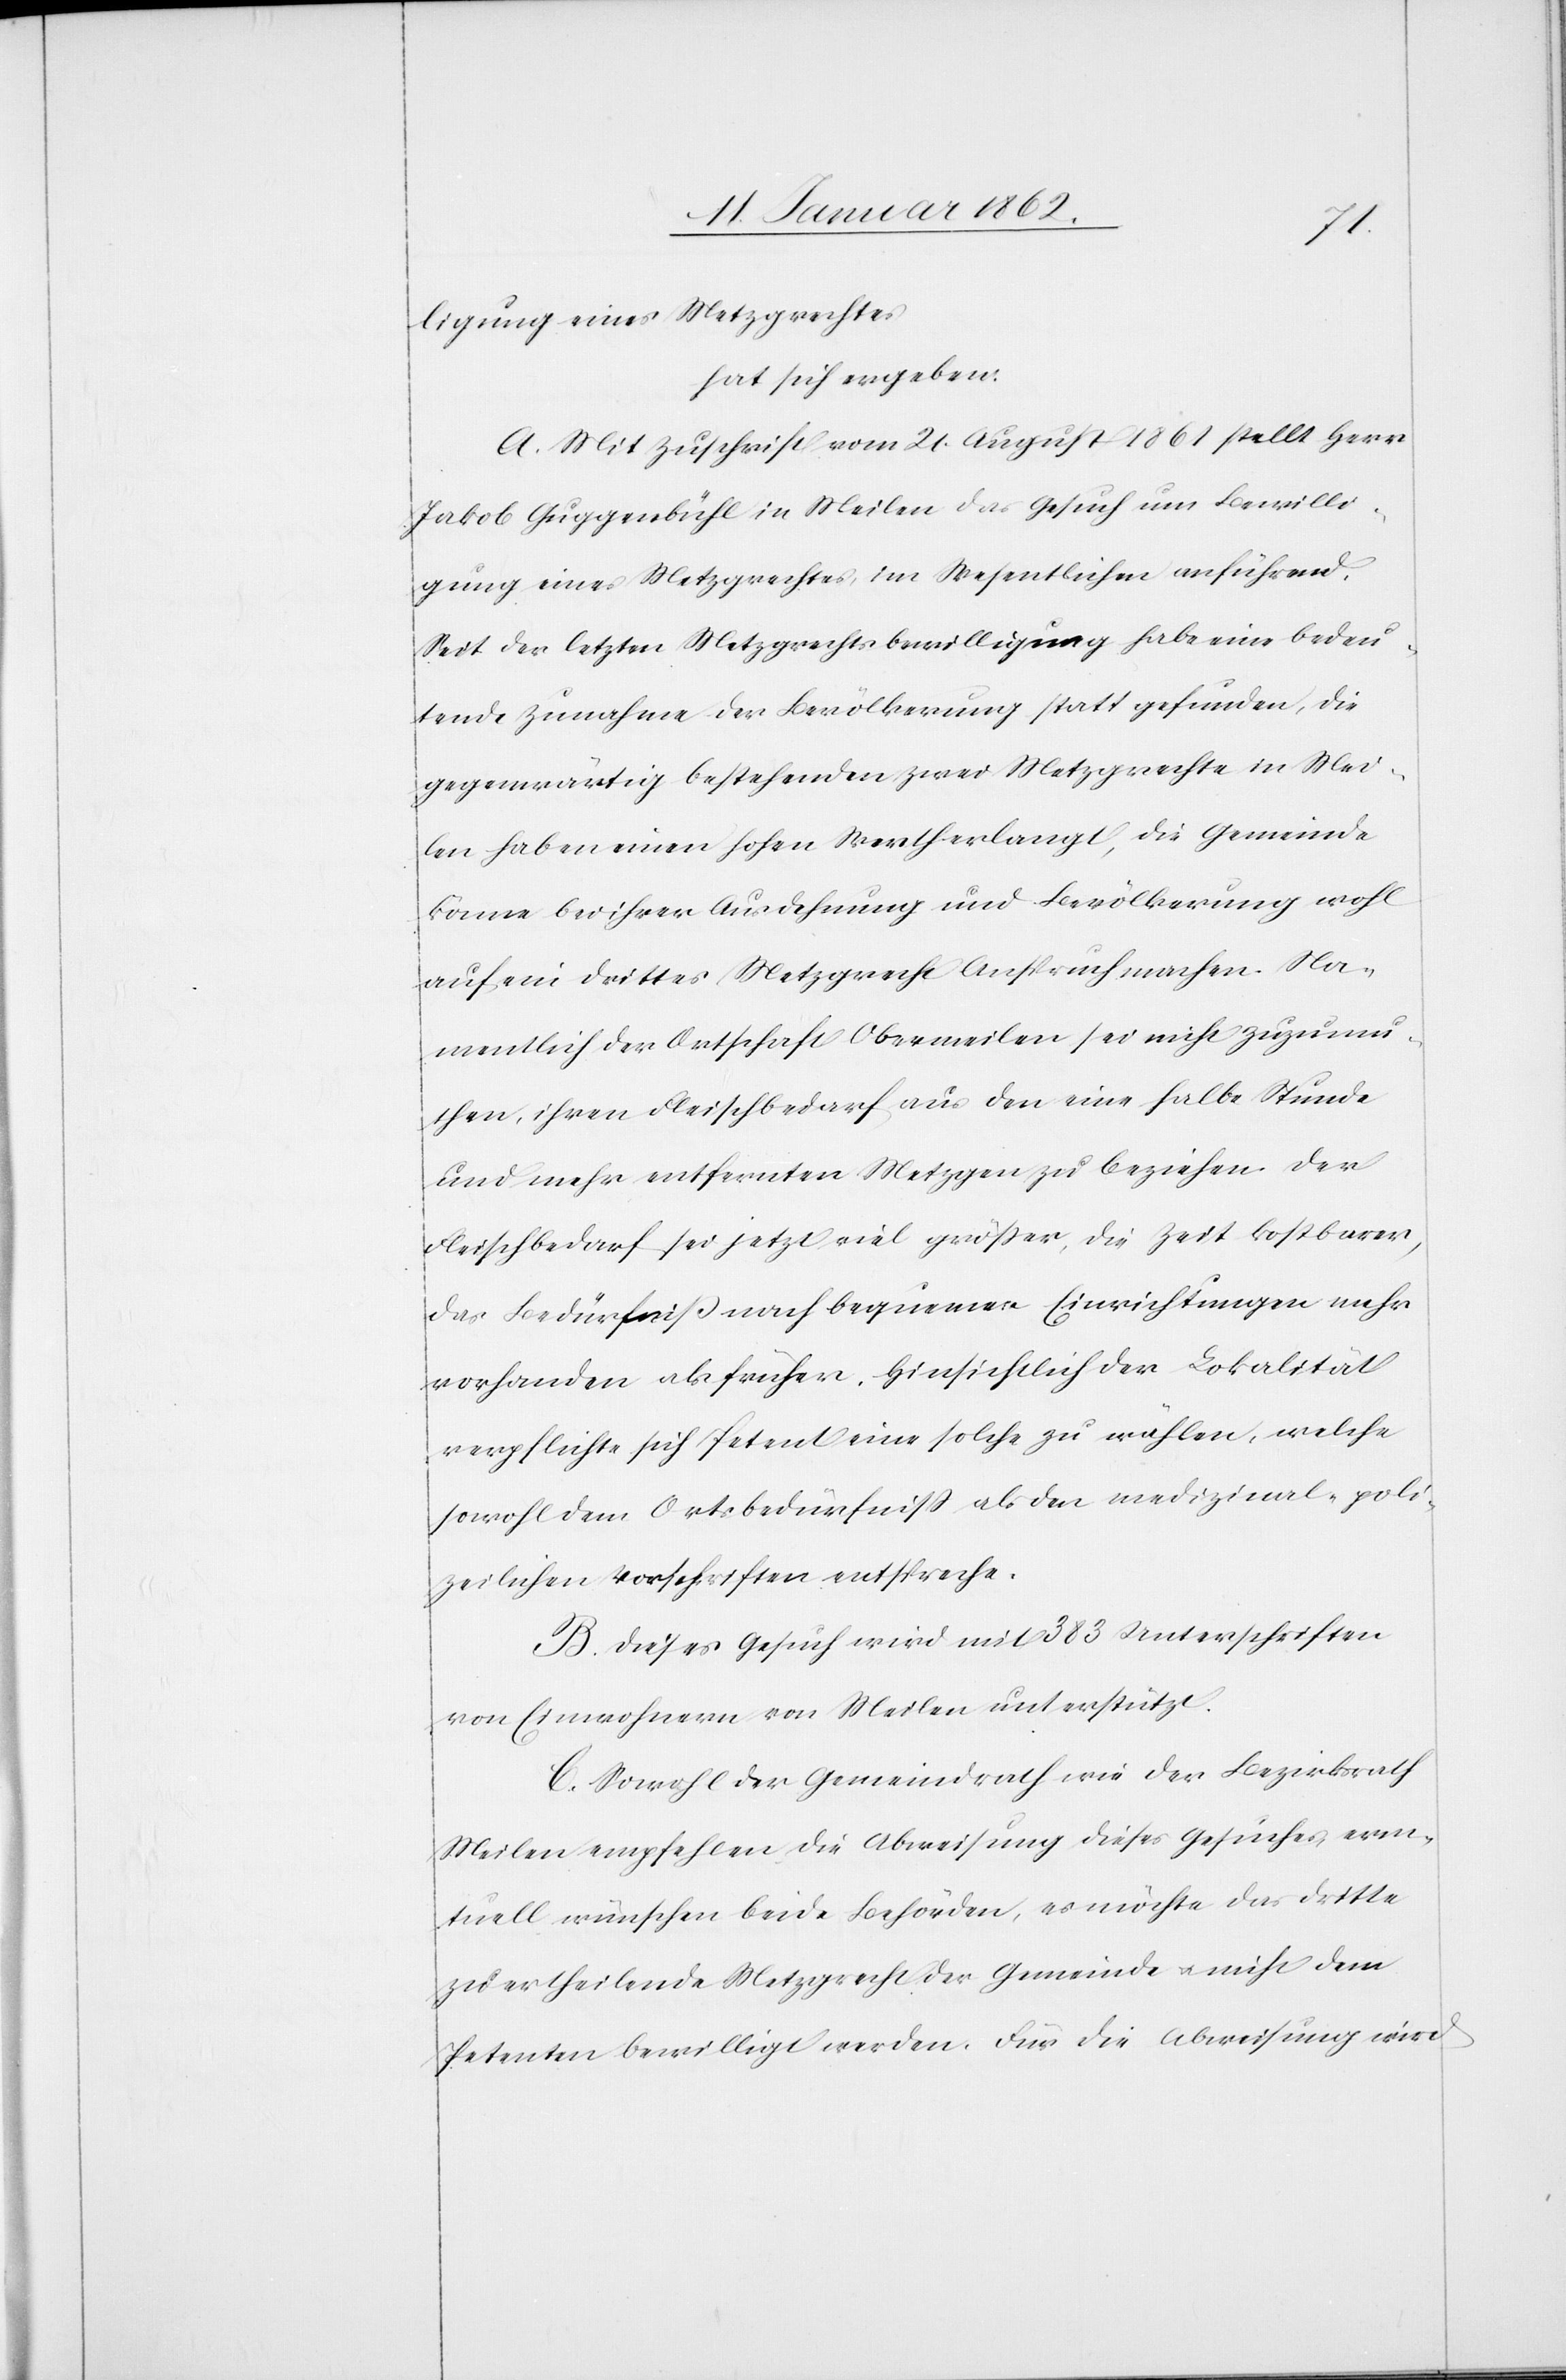
ligung eines Metzgrechtes
hat sich ergeben:
A. Mit Zuschrift vom 21. August 1861 stellt Herr
Jakob Guggenbühl in Meilen das Gesuch um Bewilli¬
gung eines Metzgrechtes, im Wesentlichen anführend.
Seit der letzten Metzgrechtsbewilligung habe eine bedeu¬
tende Zunahme der Bevölkerung statt gefunden, die
gegenwärtig bestehenden zwei Metzgrechte in Mei¬
len haben einen hohen Werth erlangt, die Gemeinde
könne bei ihrer Ausdehnung und Bevölkerung wohl
auf ein drittes Metzgrecht Anspruch machen. Na¬
mentlich der Ortschaft Obermeilen sei nicht zuzumu¬
then, ihren Fleischbedarf aus den eine halbe Stunde
und mehr entfernten Metzgen zu beziehen. Der
Fleischbedarf sei jetzt viel größer, die Zeit kostbarer,
das Bedürfniß nach bequemen Einrichtungen mehr
vorhanden als früher. Hinsichtlich der Lokalität
verpflichte sich Petent eine solche zu wählen, welche
sowohl dem Ortsbedürfniß als den medizinal-poli¬
zeilichen Vorschriften entspreche.
B. Dieses Gesuch wird mit 383 Unterschriften
von Einwohnern von Meilen unterstützt.
C. Sowohl der Gemeindrath wie der Bezirksrath
Meilen empfehlen die Abweisung dieses Gesuches, even¬
tuell wünschen beide Behörden, es möchte das dritte
zu ertheilende Metzgrecht der Gemeinde u. nicht dem
Petenten bewilligt werden. Für die Abweisung wird